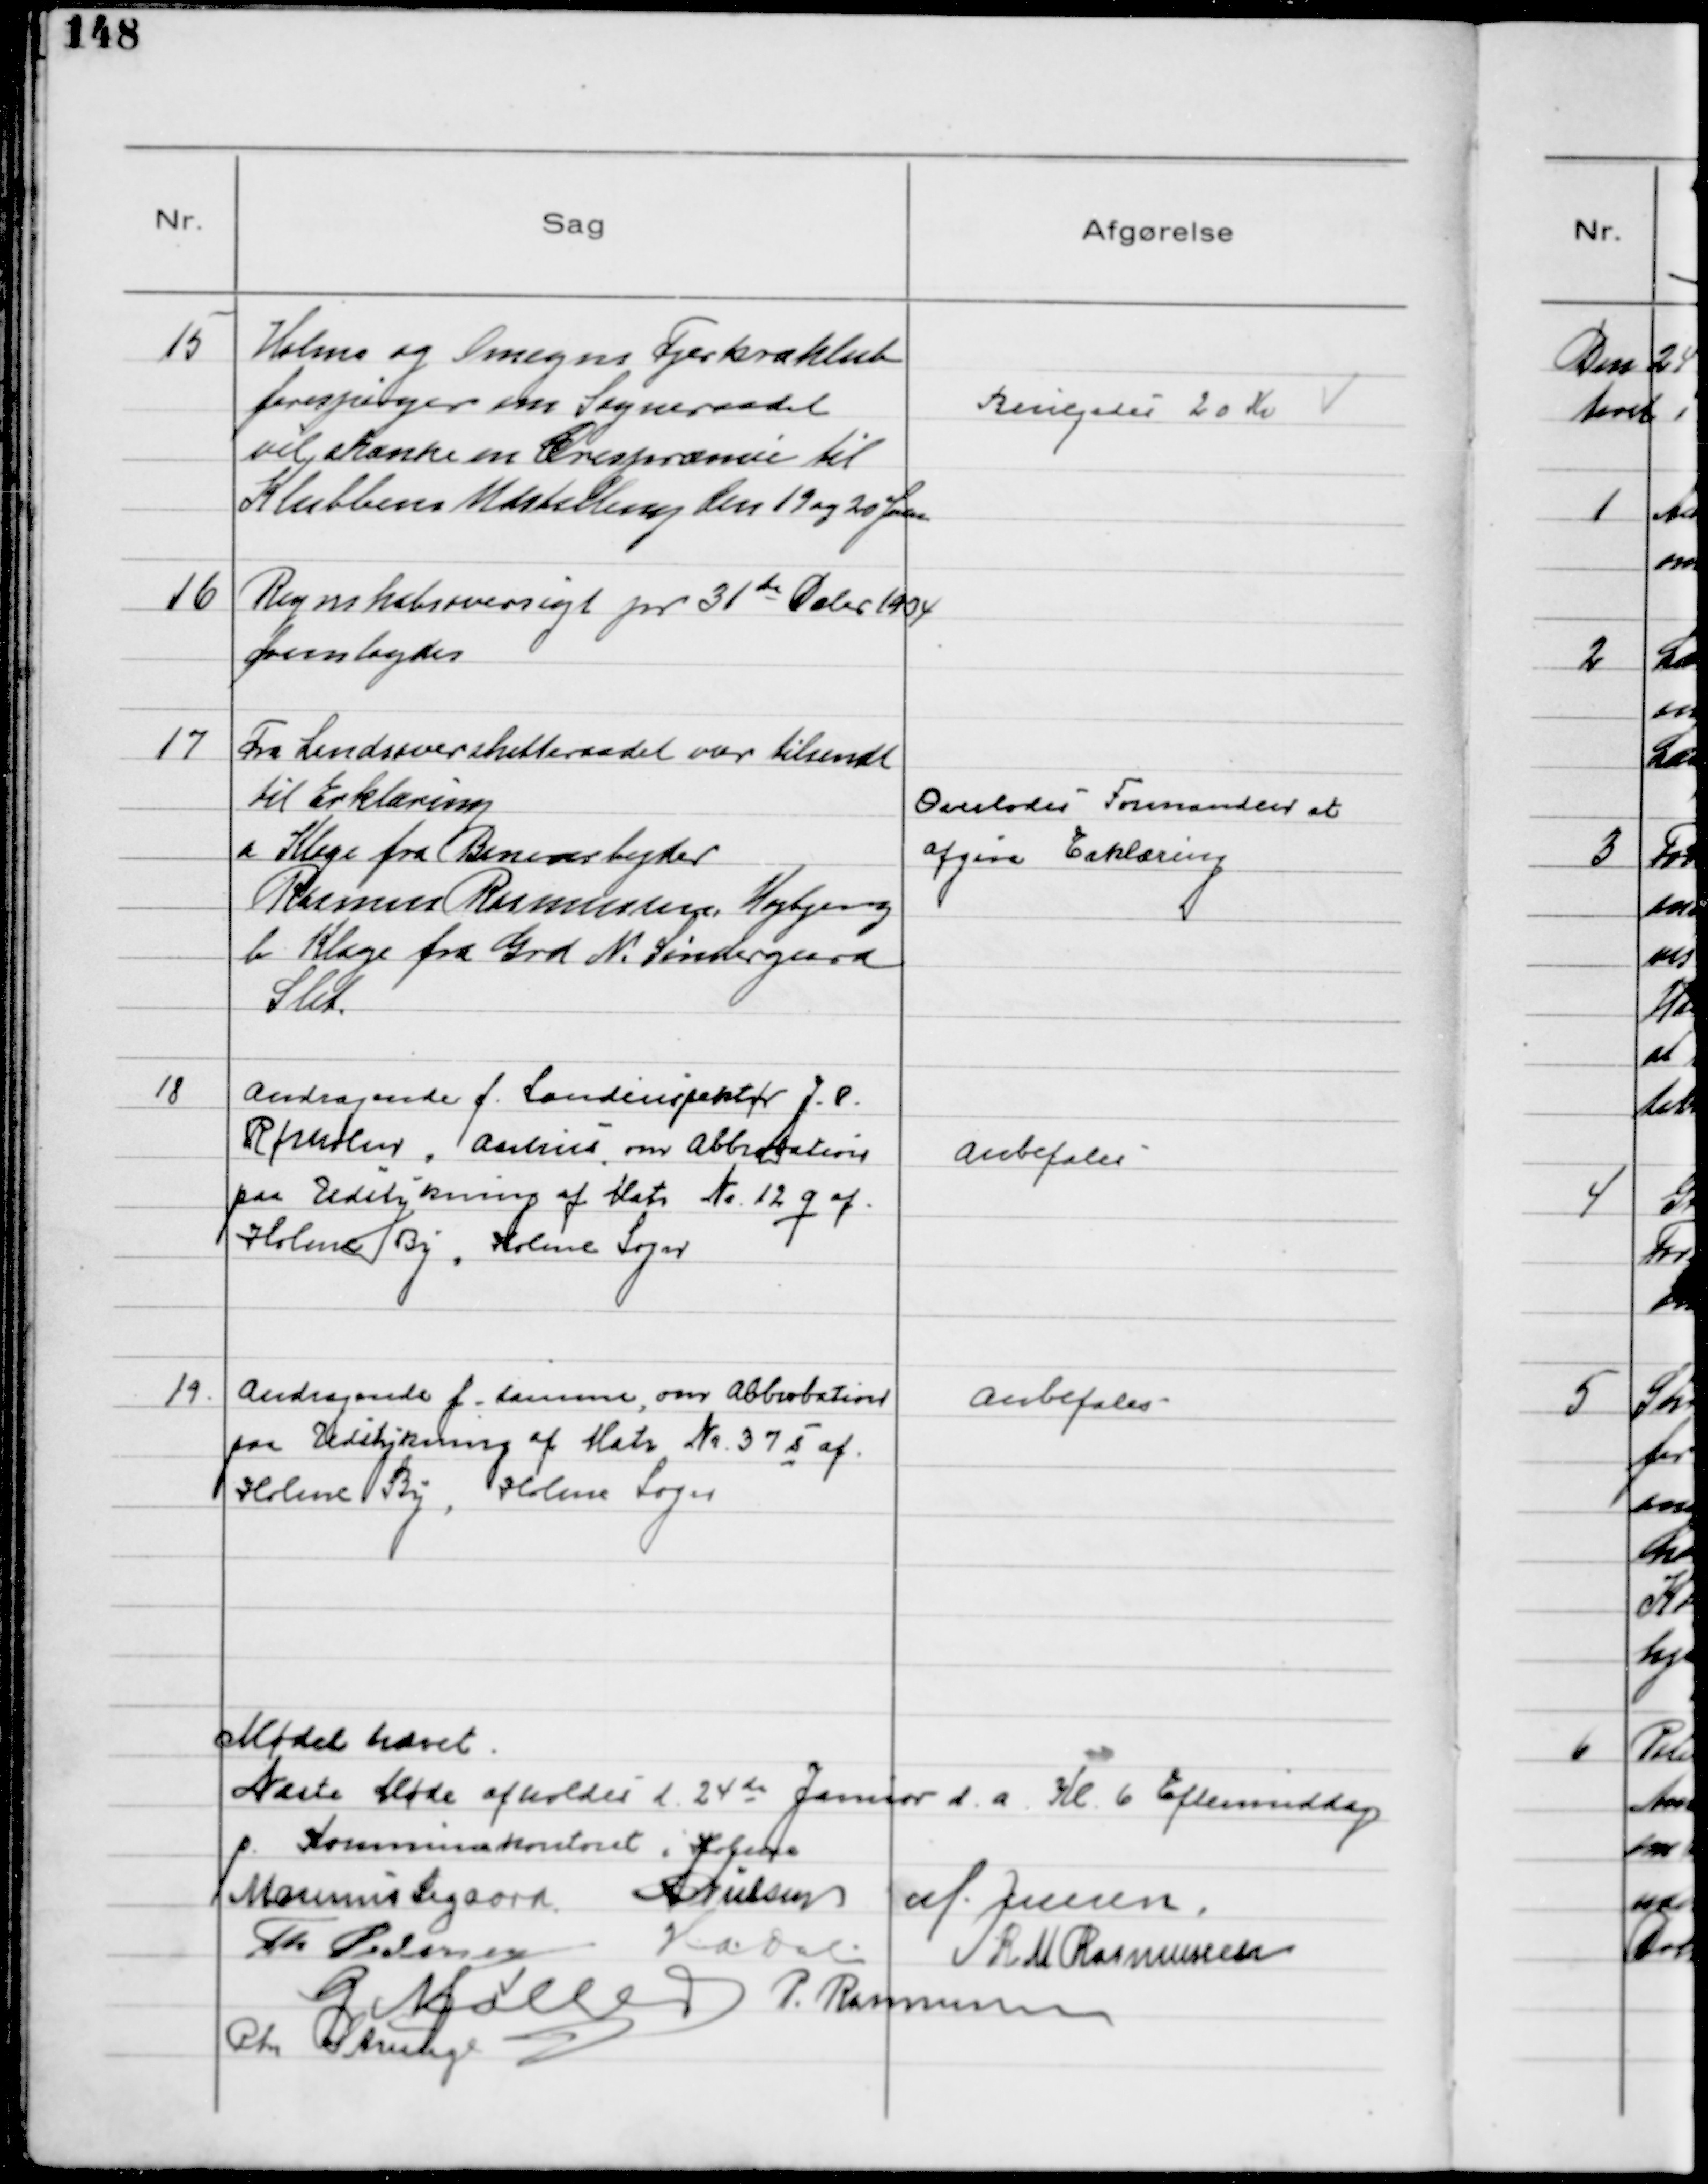
Transskription:
15
Holme og Omegns Fjerkræklub
forespørger om Sogneraadet
vil skænke en Ærespræmie til
Klubbens Udstilling den 19 og 20 Januar

Bevilgedes 20 Kr

16
Regnskabsoversigt pr 31te Dcbr 1934
fremlagdes

17
Fra Landsoverskatteraadet var tilsendt
til Erklæring
a Klage fra Banearbejder
Rasmus Rasmussen Højbjerg
b Klage fra Grd N. Søndergaard
Slet.

Overlodes Formanden at
afgive Erklæring

18
Andragende f. Landinspektør J. P.
Rørholm, Aarhus, om Abbrobation
paa Udstykning af Matr № 12 q af
Holme By, Holme Sogn

Anbefales

19
Andragende f. samme, om Abbrobation
paa Udstykning af Matr № 37 s af
Holme By, Holme Sogn

Anbefales

Mødet hævet.
Næste Møde afholdes d. 24de Januar d. a. Kl. 6 Eftermiddag
p. Kommunekontoret i Holme
Marinus Sigaard N Nielsen M. Jensen.
Th Pedersen 
H.A. Dal R M Rasmussen
G. Møller P. Rasmussen
Chr Strunge